Report of the Municipal Commissioner on the plague in Bombay for the year ending 31st May... - Volume 3
Disease focus: Plague
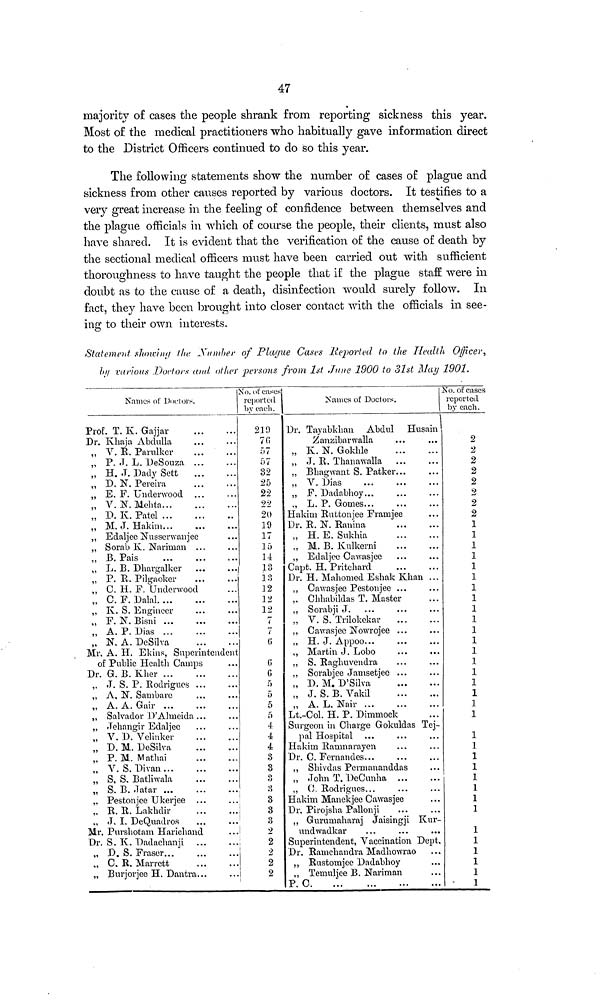
47
majority of cases the people shrank from reporting sickness this year.
Most of the medical practitioners who habitually gave information direct
to the District Officers continued to do so this year.
The following statements show the number of cases of plague and
sickness from other causes reported by various doctors. It testifies to a
very great increase in the feeling of confidence between themselves and
the plague officials in which of course the people, their clients, must also
have shared. It is evident that the verification of the cause of death by
the sectional medical officers must have been carried out with sufficient
thoroughness to have taught the people that if the plague staff were in
doubt as to the cause of a death, disinfection would surely follow. In
fact, they have been brought into closer contact with the officials in see-
ing to their own interests.
Statement showin;/ the -Xu»d>er of Plague Cam's Reported to the Health Officer,
ln/ various Doctor* and other persons from 1st June 1900 to 31st JSlay 1901.
Names of l)octoi>.
Prof. T. K. Gajjar
Dr. Khaja Abdulla
• • -
, V. R. Parulker
...
, P. J. L. DeSouza ..
...
, H. J. Dady Sett
..
• • •
, D. N. Pereira
...
, E. F. Underwood ..
, V. N. Mehta
, P. K. Patel
, M.J. Hakim
.
•. •
, Edaljee Nusserwanjee
...
, Sorab K. Narinian ..
•
...
, B. Pais
.
...
, L. B. Dhargalker
, P. R. Pilgaoker
.. •
, C. H. F. Underwood
, C. F. Dalai
...
, K. S. Engineer
.
...
, F. K Bisni
, A. P. Dias
, N. A. PeSilva
.
...
Mr. A. H. Ekins, Superintendent
of Public Health Camps
...
Dr. G. B. Klier ...
, J. S. P. Rodrigues ..
...
, A, N. Sambare
...
, A. A. Gair
, Salvador D'Almeida ..
, Jehangir Edaljee
...
, V. P. Velinker
...
, D. M. PeSilva
...
, P. M. Mathai
...
, V. S. Divan
...
, S. S. Batliwala
...
, S. B. .Tatar
...
, Pestonjee Ukerjee ..
. R. R. Lakhdir
...
, J, I, DeQuadros
...
Mr, Puvshotam Haricliand
...
Dr. S. K. Dadachanji ..
, D. S. Eraser
, C. R. Marrett
...
, Burjorjee H. Dantra..
...
No. of cases
reported
by each.
219
7fi
57
57
32
25
22
22
20
19
17
15
14
13
is
12
32
12
7
7
(5
(5
G
5
5
5
5
4
4
3
3
3
: >,
3
3
3
2
2
2
2
2
Names of Doctors.
Dr. Tayabkhan Abdul Husain
Zanzibar walla
, Iv. N. Goklile
, J. R. Thanawalla
, Bhagwant S. Patker...
V Dins
, F. Dadabhoy...
, L. P. Gomes...
Hakim Ruttonjee Framjee
Dr. R. N. Ranina
„ H. E. Sukhia
„ M. B. Kulkerni
,, Edaljee Cawasjee
Capt. H. Pritchard
Dr. H. Mahomed Eshak Khan ...
, Cawasjee Pestonjee ...
. Chhab'ildas T. Master
, Sorabji J.
, V. S.'Trilokekar
, Cawasjee Nowrojee ...
, H. J. Appoo...
, Martin J. Lobo
, S. Raghuvendra
, Sorabjee Jamsetjee ...
, P. M. D'Silva
, J.S.B. Vakil
, A. L, Naiv ...
Lt.-Col. H. P. Pimmock
Surgeon in Charge Gokuldas Tej-
pal Hospital
Hakim Ramnarayen
Dr. C. Fernandes...
, Shivdas Permananddas
, John T. PeCunha ...
, C. Rodrigues...
Hakim Manekjec Cawasjee
Dr. Pirojsha Pallonji
, Gurumaharaj Jaisingji Kur-
undwadkar
Superintendent, Vaccination Dept,
Dr. Ramchandra Madhowrao
, Rustomjee Dadabhoy
, Temuljee B. Nariman
P
. C
No. of cases
reported
by each.
2
2
2
2
2
2
2
2
1
1
1
1
1
1
1
1
1
1
1
1
1
1
1
1
1
1
1
1
1
1
1
1
1
1
1
1
1
1
1
1
1